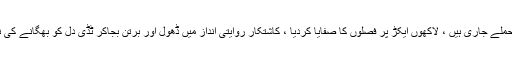
سندھ میں ٹڈی دَل کی یلغار اور حملے جاری ہیں ، لاکھوں ایکڑ پر فصلوں کا صفایا کردیا ، کاشتکار روایتی انداز میں ڈھول اور برتن بجاکر ٹڈی دَل کو بھگانے کی ناکام کوششوں میں مصروف ہیں۔